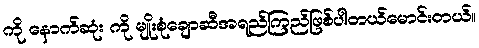
ကို နောက်ဆုံး ကို မျိုးစုံချောဆီအရည်ကြည်ဖြစ်ပါတယ်မောင်းတယ်။